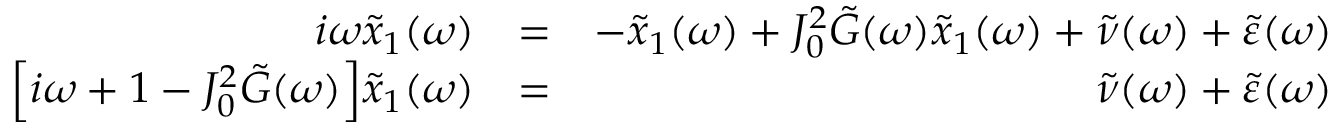
\begin{array} { r l r } { i \omega \tilde { x } _ { 1 } ( \omega ) } & { = } & { - \tilde { x } _ { 1 } ( \omega ) + J _ { 0 } ^ { 2 } \tilde { G } ( \omega ) \tilde { x } _ { 1 } ( \omega ) + \tilde { \nu } ( \omega ) + \tilde { \varepsilon } ( \omega ) } \\ { \Big [ i \omega + 1 - J _ { 0 } ^ { 2 } \tilde { G } ( \omega ) \Big ] \tilde { x } _ { 1 } ( \omega ) } & { = } & { \tilde { \nu } ( \omega ) + \tilde { \varepsilon } ( \omega ) } \end{array}